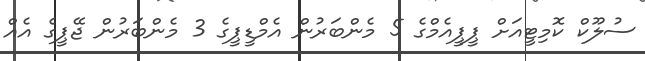
ސުލޫކް ކޮމިޓީއަށް ޕީޕީއެމްގެ 5 މެންބަރުން އެމްޑީޕީގެ 3 މެންބަރުން ޖޭޕީގެ އެއް